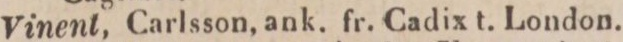
11.    Vinent, Carlsson, ank. fr. Cadix t. London.